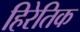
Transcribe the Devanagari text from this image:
हिरेतिक